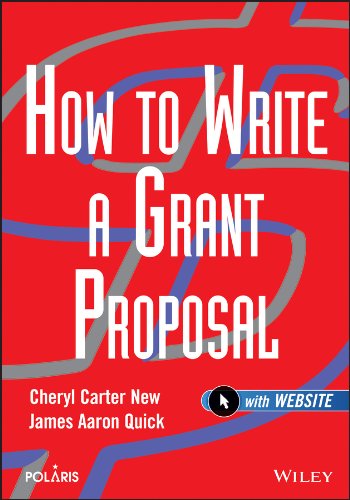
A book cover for How to Write a Grant Proposal; Cheryl Carter New; Business & Money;